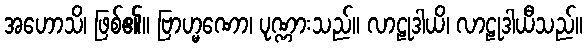
အဟောသိ၊ ဖြစ်၏။ ဗြာဟ္မဏော၊ ပုဏ္ဏားသည်။ လာဠုဒါယိ၊ လာဠုဒါယီသည်။